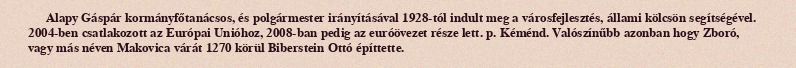
Alapy Gáspár kormányfőtanácsos, és polgármester irányításával 1928-tól indult meg a városfejlesztés, állami kölcsön segítségével. 2004-ben csatlakozott az Európai Unióhoz, 2008-ban pedig az euróövezet része lett. p. Kéménd. Valószínűbb azonban hogy Zboró, vagy más néven Makovica várát 1270 körül Biberstein Ottó építtette.